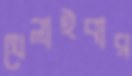
খেলাইবার